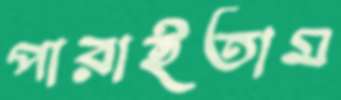
পারাইতাম